Election expenses, 1919, 1919
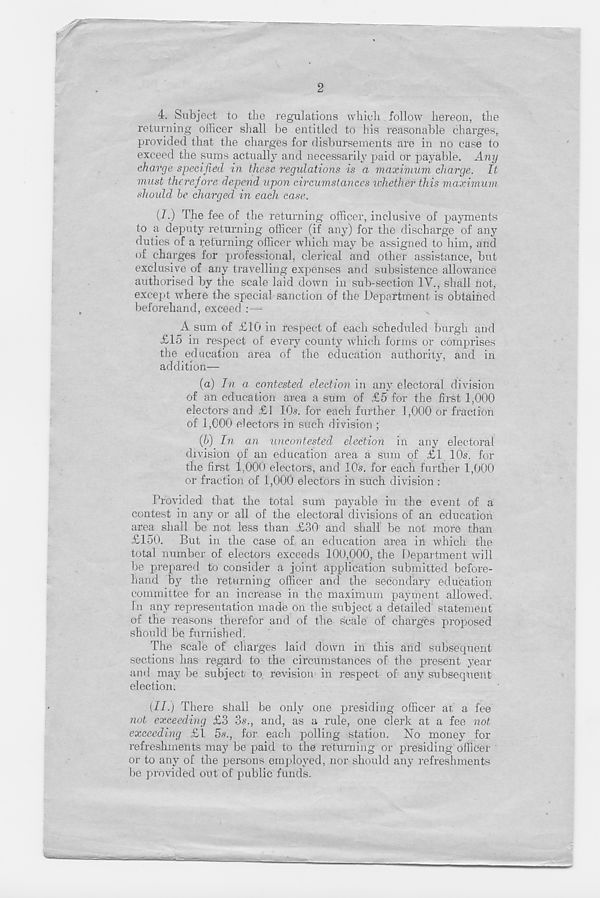
2
4. Subject to the regulations which follow hereon, the
returning officer shall be entitled to his reasonable charges,
provided that the charges for disbursements are in no case to
exceed the sums actually and necessarily paid or payable. Any
charge specified in these regulations is a maximum charge, it
must therefore depend upon circumstances whether this maximum
should be charged in each case.
(I.) The fee of the returning officer, inclusive of payments
to a deputy returning officer (if any) for the discharge of any
duties of a returning officer which may be assigned to him, and
of charges for professional, clerical and other assistance, but
exclusive of any travelling expenses and subsistence allowance
authorised by the scale laid down in sub-section IV., shall not,
except where the special sanction of the Department is obtained
beforehand, exceed : —
A sum of £10 in respect of each scheduled burgh and
£15 in respect of every county which forms or comprises
the education area of the education authority, and in
addition—
(a) In a contested election in any electoral division
of an education area a sum of £5 for the first 1,000
electors and £1 10.?. for each further 1,000 or fraction
of 1,000 electors in such division ;
(5) In an uncontested election in any electoral
division of an education area a sum of £1 10s. for
the first 1,000 electors, and 10?. for each further 1,000
or fraction of 1,000 electors in such division :
Provided that the total sum payable in the event of a
contest in any or all of the electoral divisions of an education
area shall be not less than £30 and shall be not more than
£150. But in the case of an education area in which the
total number of electors exceeds 100,000, the Department will
be prepared to consider a joint application submitted before-
hand by the returning officer and the secondary education
committee for an increase in the maximum payment allowed.
In any representation made on the subject a detailed statement
of the reasons therefor and of the scale of charges proposed
should be furnished.
The scale of charges laid down in this and subsequent
sections has regard to the circumstances of the present year
and may be subject to revision in respect of any subsequent
election.
(I/.) There shall be only one presiding officer at a fee
not exceeding £3 3s., and, as a rule, one clerk at a fee not
exceeding £1 5s., for each polling station. No money for
refreshments may be paid to the returning or presiding officer
or to any of the persons employed, nor should any refreshments
be provided out of public funds.